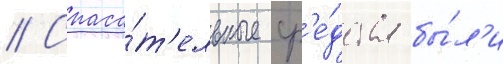
// Спаса́т'ельные ср'е́дства бы́л'и